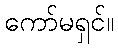
ကော်မရှင်။